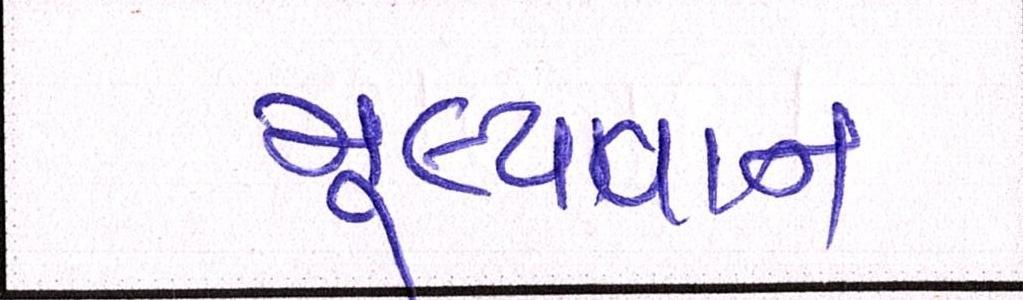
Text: મૂલ્યવાન